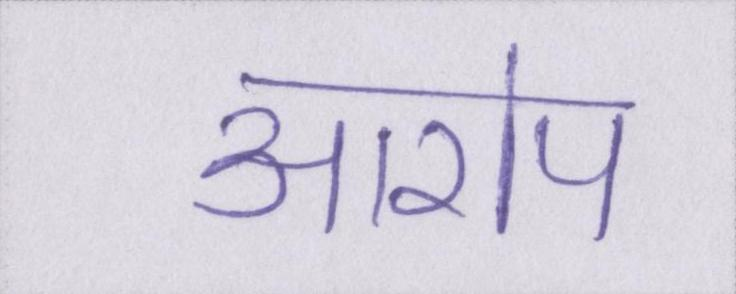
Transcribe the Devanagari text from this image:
आरोप